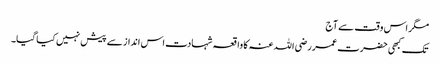
مگر اس وقت سے آج
تک کبھی حضرت عمر رضی اللہ عنہ کا واقعہ شہادت اس انداز سے پیش نہیں کیا گیا۔